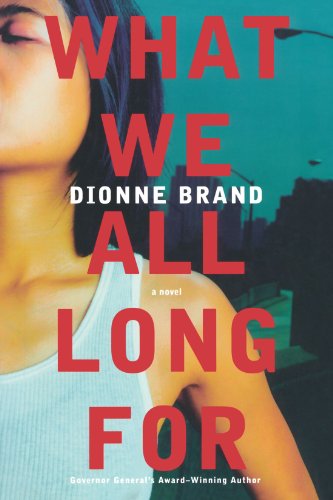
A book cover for What We All Long For; Dionne Brand; Literature & Fiction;